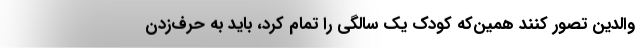
والدین تصور کنند همین‌که کودک یک سالگی را تمام کرد، باید به حرف‌زدن